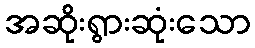
အဆိုးရွားဆုံးသော